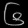
Digit: ၆